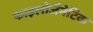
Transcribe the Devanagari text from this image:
फाइलोजैनेटिक